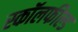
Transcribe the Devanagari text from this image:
स्कॉलफील्ड